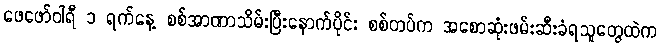
ဖေဖော်ဝါရီ ၁ ရက်နေ့ စစ်အာဏာသိမ်းပြီးနောက်ပိုင်း စစ်တပ်က အစောဆုံးဖမ်းဆီးခံရသူတွေထဲက